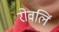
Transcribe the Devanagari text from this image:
रोवलिं